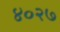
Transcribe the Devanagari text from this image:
४०२७